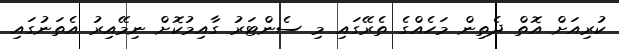
ކުރިއަށް އޮތް ދެތިން މަހެއްގެ ތެރޭގައި މި ސެންޓަރު ގާއިމުކޮށް ނިމޭއިރު އެތަނުގައި